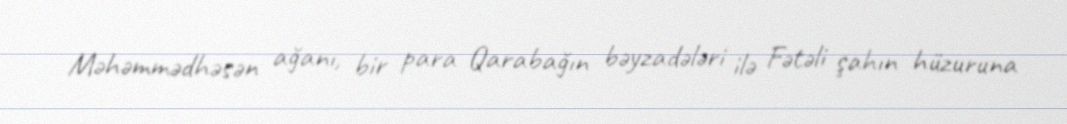
Məhəmmədhəsən ağanı, bir para Qarabağın bəyzadələri ilə Fətəli şahın hüzuruna